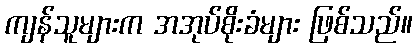
ကျန်သူများက အအုပ်စိုးခံများ ဖြစ်သည်။